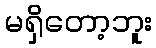
မရှိတော့ဘူး